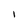
Character: I